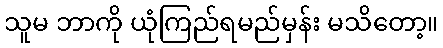
သူမ ဘာကို ယုံကြည်ရမည်မှန်း မသိတော့။